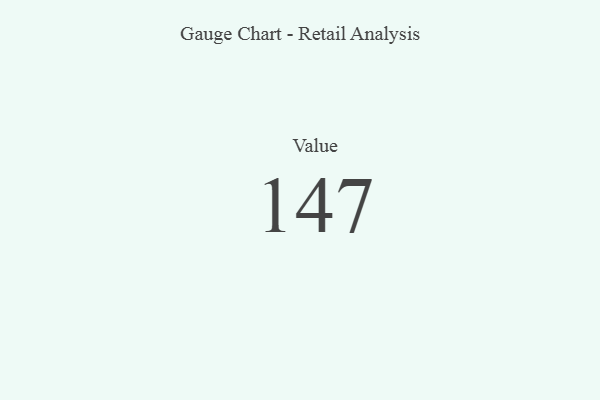
{"axis": {"x": "Metric", "y": "Value"}, "legend": [""], "data": [{"x": "Value", "y": 147, "type": ""}]}